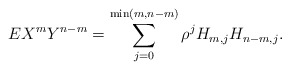
\begin{align*}EX^{m}Y^{n-m}=\sum_{j=0}^{\min (m,n-m)}\rho ^{j}H_{m,j}H_{n-m,j}.\end{align*}